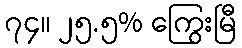
၇၄။ ၂၅.၅% ကြွေးမြီ